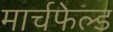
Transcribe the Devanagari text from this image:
मार्चफेल्ड